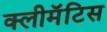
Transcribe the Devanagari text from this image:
क्लीमॅटिस